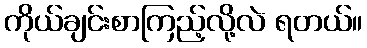
ကိုယ်ချင်းစာကြည့်လို့လဲ ရတယ်။